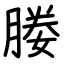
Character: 媵